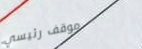
موقف رئيسي